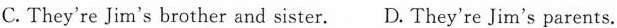
C. They're Jim's brother and sister. D. They're Jim's parents.